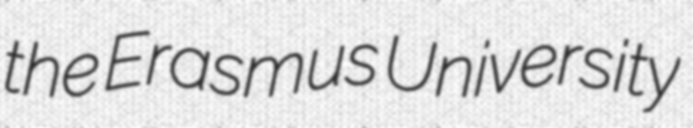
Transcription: the Erasmus University